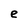
Character: e